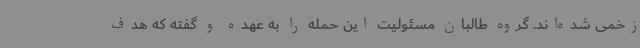
زخمی شده‌اند. گروه طالبان مسئولیت این حمله را به عهده و گفته که هدف